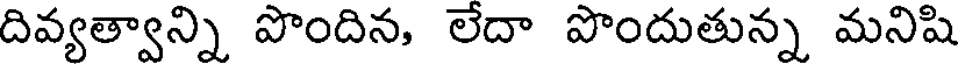
దివ్యత్వాన్ని పొందిన, లేదా పొందుతున్న మనిషి